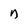
Character: n